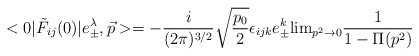
\begin{align*}<0|\tilde F_{ij}(0)|e^\lambda_{\pm}, {\vec p}>=-{i\over (2\pi)^{3/2}} \sqrt{p_0\over 2}\epsilon_{ijk}e_{\pm}^k{\rm lim}_{p^2\rightarrow 0}{1\over 1-\Pi(p^2)}\end{align*}